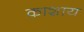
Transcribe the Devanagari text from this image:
काशाय